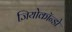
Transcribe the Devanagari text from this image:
जियोकॉन्डो